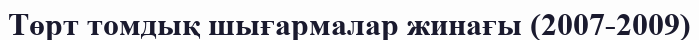
Төрт томдық шығармалар жинағы (2007-2009)